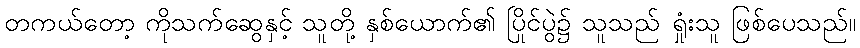
တကယ်တော့ ကိုသက်ဆွေနှင့် သူတို့ နှစ်ယောက်၏ ပြိုင်ပွဲ၌ သူသည် ရှုံးသူ ဖြစ်ပေသည်။